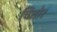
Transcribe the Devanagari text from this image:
चितोर